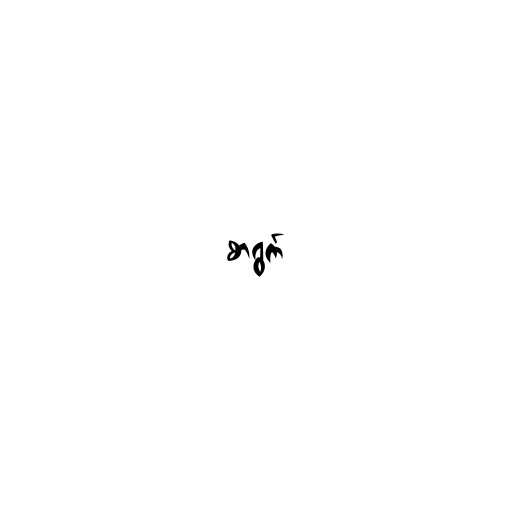
စာရွက်